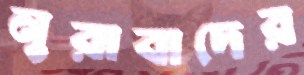
নুরাবাদের